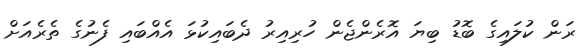
ރަން ކުލައިގެ ބޮޑު ބިޔަ އޮރެންޖެން ހުރިއިރު ދެބައިކުޅަ އެއްބައި ފެނުގެ ތެރެއަށް